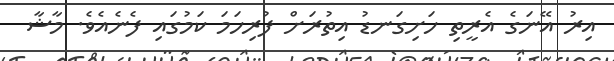
އިރު އޭނަގެ އެރީތި ހަށިގަނޑު އިތުރަށް ފުރިހަމަ ކަމުގައި ފެނެއެވެ. މާޝާ